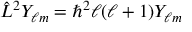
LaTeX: { \hat { L } } ^ { 2 } Y _ { \ell m } = \hbar ^ { 2 } \ell ( \ell + 1 ) Y _ { \ell m }